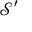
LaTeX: { \mathcal { S } } ^ { \prime }